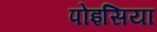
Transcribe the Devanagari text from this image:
पोइसिया